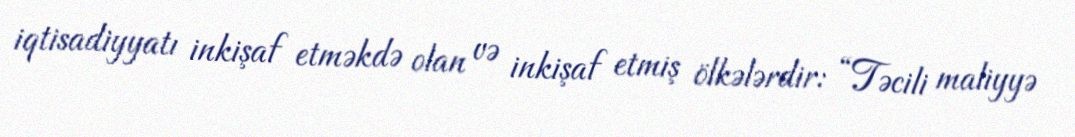
iqtisadiyyatı inkişaf etməkdə olan və inkişaf etmiş ölkələrdir: “Təcili maliyyə